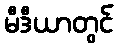
မီဒီယာတွင်